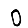
Digit: 0